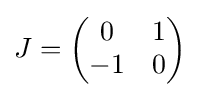
J={\begin{pmatrix}0&1\\-1&0\end{pmatrix}}